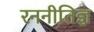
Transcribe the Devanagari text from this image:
रननीतिज्ञ